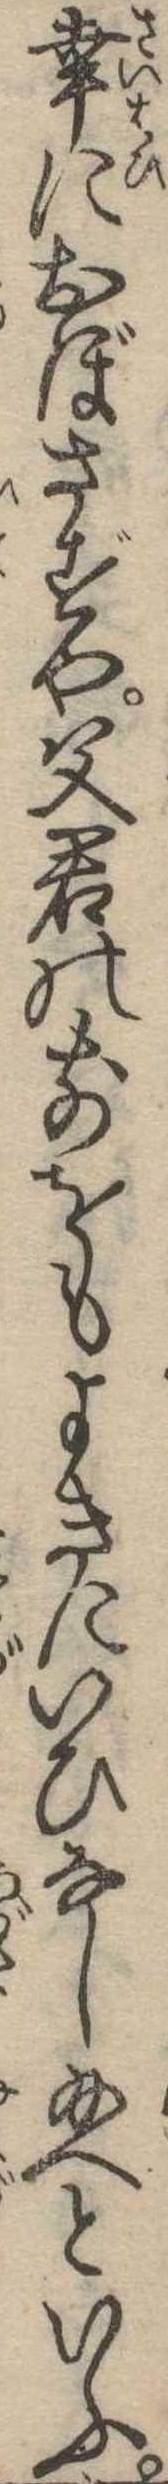
幸におぼさずや父君の前をもよきにいひなし給へといふ